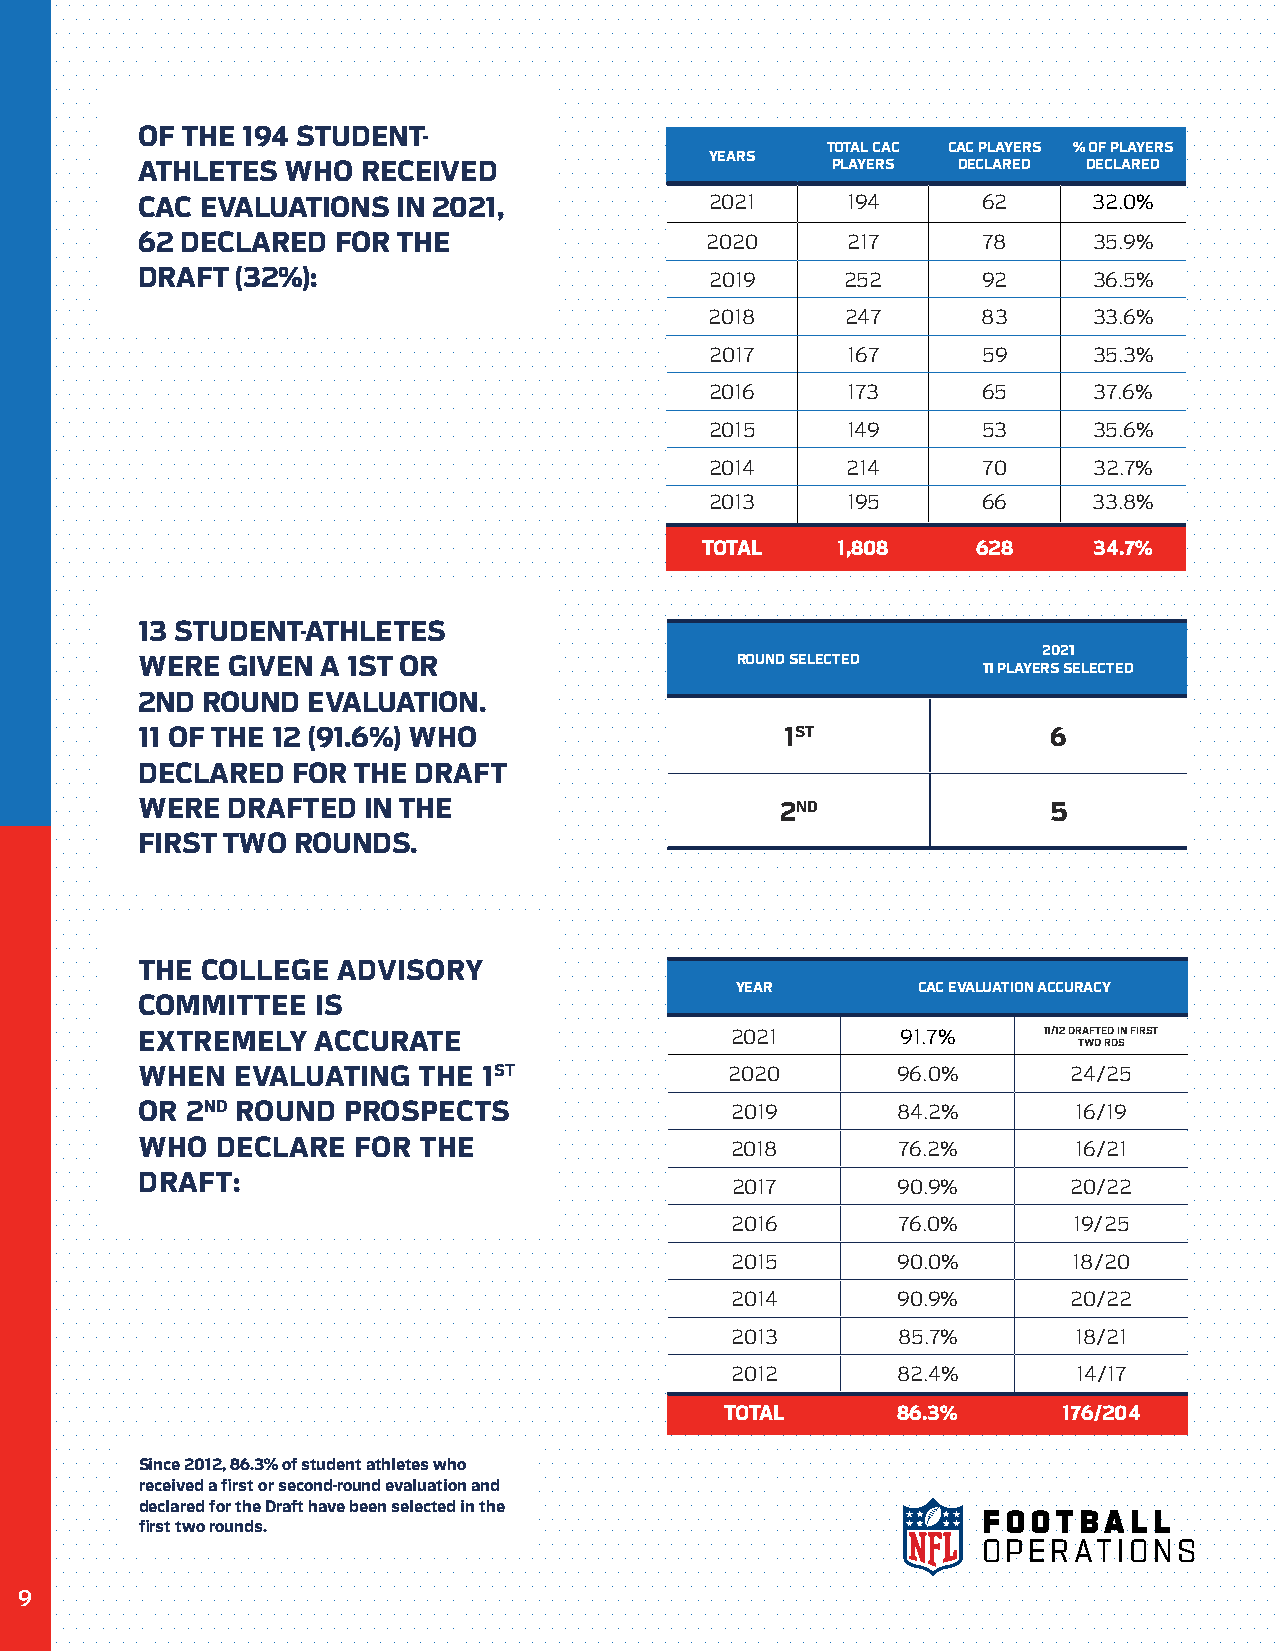
OF THE 194 STUDENT-
 TOTAL CAC CAC PLAYERS % OF PLAYERS
 YEARS
 ATHLETES  WHO  RECEIVED                       PLAYERS DECLARED DECLARED
 CAC EVALUATIONS  IN 2021,             2021     194      62     32.0%
 62 DECLARED  FOR THE                  2020     217      78     35.9%
 DRAFT  (32%):                         2019     252      92     36.5%
 2018     247      83     33.6%
 2017     167      59     35.3%
 2016     173      65     37.6%
 2015     149      53     35.6%
 2014     214      70     32.7%
 2013     195      66     33.8%
 TOTAL    1,808     628    34.7%
 13 STUDENT-ATHLETES
 2021
 WERE  GIVEN A 1ST OR                    ROUND SELECTED
 11 PLAYERS SELECTED
 2ND ROUND  EVALUATION.
 11 OF THE 12 (91.6%) WHO                   1ST               6
 DECLARED  FOR THE DRAFT
 WERE  DRAFTED  IN THE                      2ND               5
 FIRST TWO ROUNDS.
 THE COLLEGE  ADVISORY
 YEAR        CAC EVALUATION ACCURACY
 COMMITTEE   IS
 EXTREMELY   ACCURATE                   2021        91.7%    11/12 DRAFTED IN FIRST
 TWO RDS
 WHEN   EVALUATING  THE 1ST             2020       96.0%       24/25
 OR 2ND ROUND  PROSPECTS                2019       84.2%       16/19
 WHO  DECLARE   FOR THE                 2018       76.2%       16/21
 DRAFT:
 2017       90.9%       20/22
 2016       76.0%       19/25
 2015       90.0%       18/20
 2014       90.9%       20/22
 2013       85.7%       18/21
 2012       82.4%       14/17
 TOTAL      86.3%      176/204
 Since 2012, 86.3% of student athletes who
 received a first or second-round evaluation and
 declared for the Draft have been selected in the
 F O O TBA L L
 first two rounds.
 O P E R AT I O N S
 9